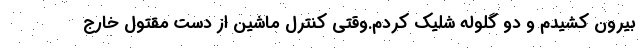
بیرون کشیدم و دو گلوله شلیک کردم.وقتی کنترل ماشین از دست مقتول خارج